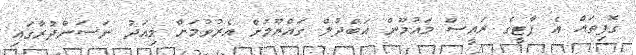
ގޮފިތައް އެ ޕާޓީގެ ރައީސް މައުމޫން އަބްދުލް ގައްޔޫމަށް އެރުވުމަށް މިއަދު ނަސަންދުރާގައި